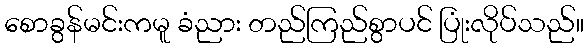
စောခွန်မင်းကမူ ခံညား တည်ကြည်စွာပင် ပြုံးလိုပ်သည်။